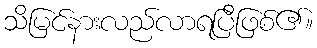
သိမြင်နားလည်လာရပြီဖြစ်၏။